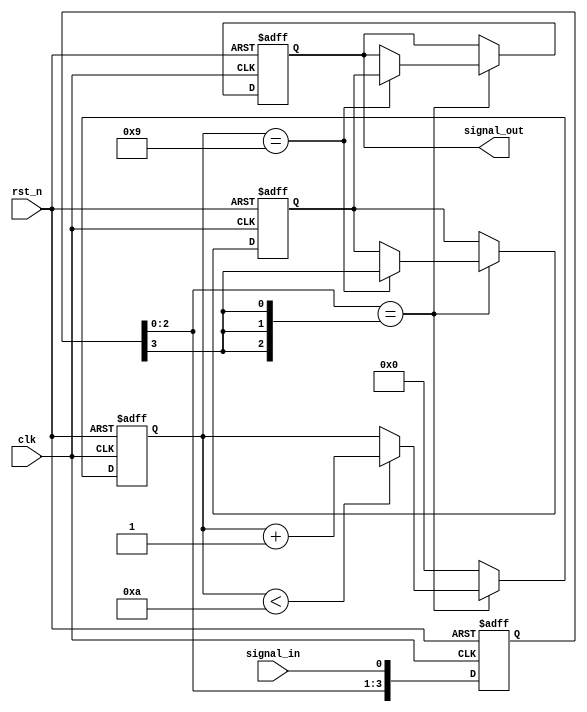
module DebouncedEdgeDetector (
    input wire clk,                // Clock signal
    input wire rst_n,              // Active low reset
    input wire signal_in,          // Input signal to be debounced
    output reg signal_out          // Debounced output signal
);

    // Parameters
    parameter DEBOUNCE_TIME = 10;  // Number of clock cycles to debounce
    parameter NUM_SAMPLES = 4;      // Number of samples to store

    // Internal signals
    reg [NUM_SAMPLES-1:0] signal_history; // Shift register to store past states
    reg [3:0] debounce_counter;           // Counter for debounce timing
    reg stable_signal;                     // Indicates if the signal is stable

    // State update on clock edge
    always @(posedge clk or negedge rst_n) begin
        if (!rst_n) begin
            signal_history <= 0;
            debounce_counter <= 0;
            signal_out <= 0;
            stable_signal <= 0;
        end else begin
            // Shift the history of the input signal
            signal_history <= {signal_history[NUM_SAMPLES-2:0], signal_in};

            // Check if the current signal matches the most recent stable state
            if (signal_history == {NUM_SAMPLES{signal_history[NUM_SAMPLES-1]}}) begin
                // Signal is stable, start debounce counter
                if (debounce_counter < DEBOUNCE_TIME) begin
                    debounce_counter <= debounce_counter + 1;
                end
                // Update stable_signal and output when debounce time is reached
                if (debounce_counter == DEBOUNCE_TIME - 1) begin
                    stable_signal <= signal_history[NUM_SAMPLES-1];
                    signal_out <= stable_signal;
                end
            end else begin
                // Reset debounce counter if signal is not stable
                debounce_counter <= 0;
            end
        end
    end

endmodule